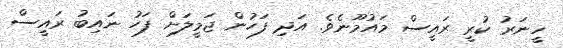
ހީނަރު ކުރީ ރައީސް މައުމޫނެވެ. އަދި ފަހުން ޖަމީލަށް ފަހު ނައިބު ރައީސް